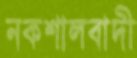
নকশালবাদী